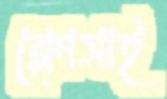
ক্লোসাই